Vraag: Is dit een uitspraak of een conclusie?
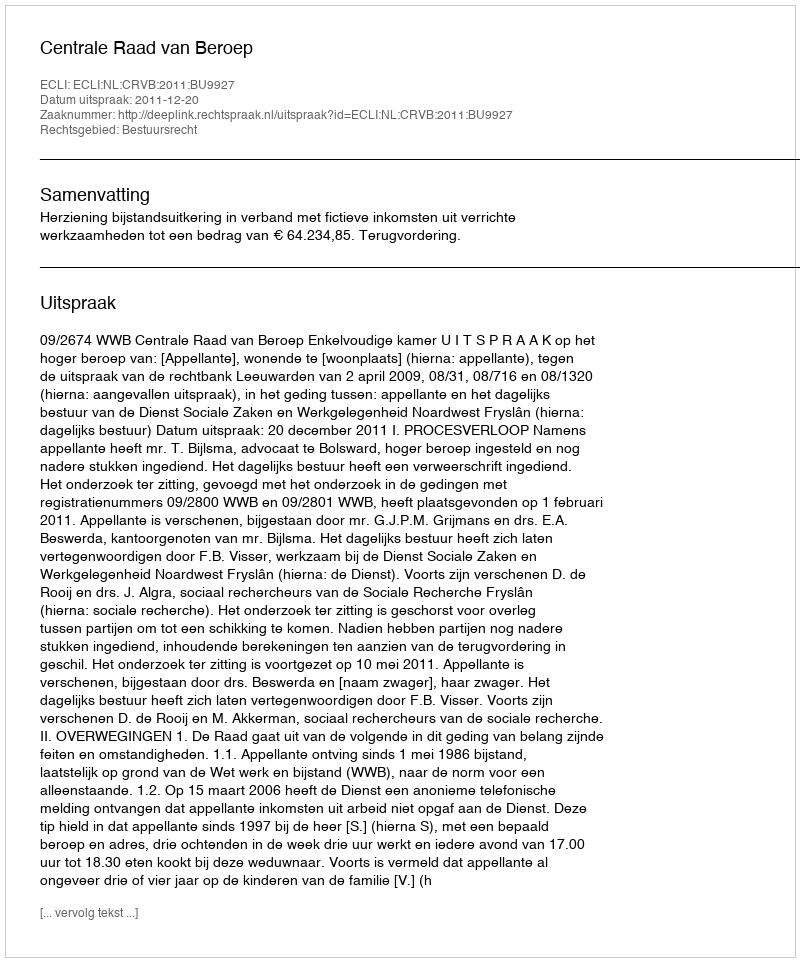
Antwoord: Uitspraak